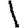
Digit: 1